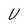
Character: U